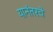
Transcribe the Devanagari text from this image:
यानंतरचें